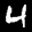
Label: 4